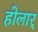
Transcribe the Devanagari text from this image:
होलार्